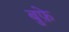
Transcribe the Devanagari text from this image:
बुफ़े